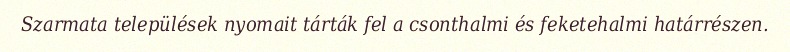
Szarmata települések nyomait tárták fel a csonthalmi és feketehalmi határrészen.